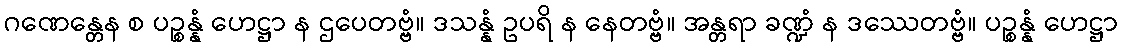
ဂဏေန္တေန စ ပဉ္စန္နံ ဟေဋ္ဌာ န ဌပေတဗ္ဗံ။ ဒသန္နံ ဥပရိ န နေတဗ္ဗံ။ အန္တရာ ခဏ္ဍံ န ဒဿေတဗ္ဗံ။ ပဉ္စန္နံ ဟေဋ္ဌာ